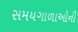
સમયગાળાઓની